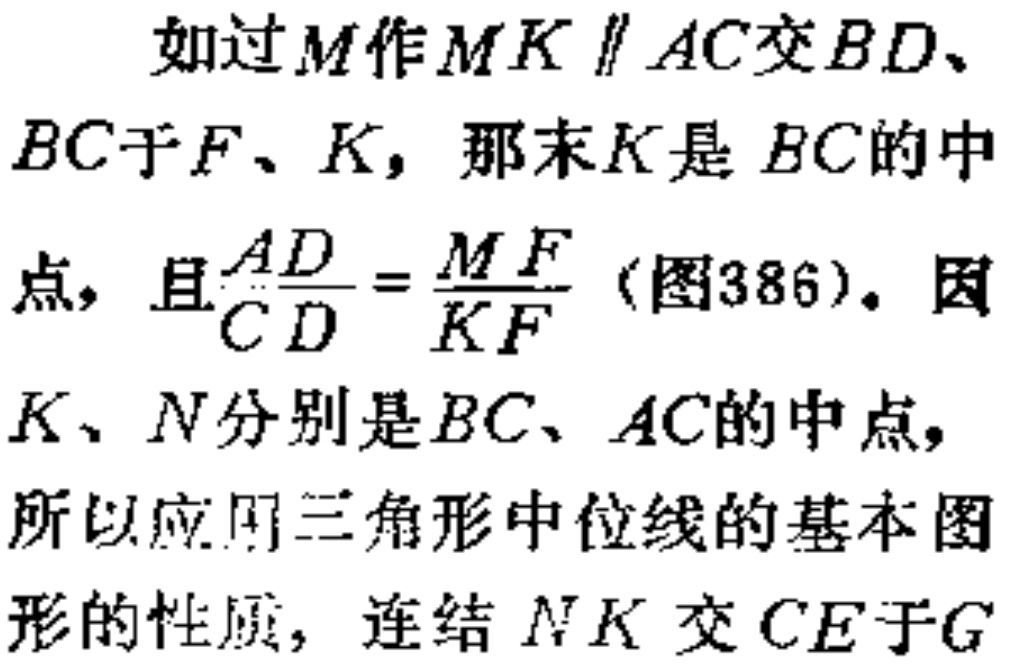
如过\(M\)作\(MK \parallel AC\)交\(BD\)、\(BC\)于\(F\)、\(K\)，那末\(K\)是 \(BC\)的中
点，且\(\frac{AD}{CD}=\frac{MF}{KF}\)（图386）。因
\(K\)、\(N\)分别是\(BC\)、\(AC\)的中点，
所以应用三角形中位线的基本图
形的性质，连结 \(NK\) 交 \(CE\)于\(G\)